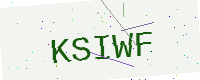
Text: KSIWF